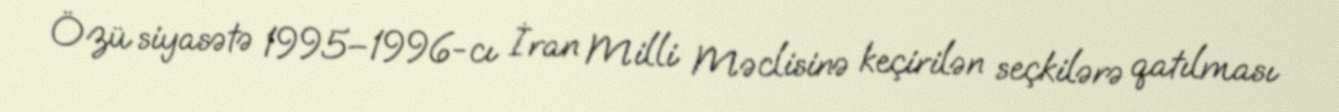
Özü siyasətə 1995–1996-cı İran Milli Məclisinə keçirilən seçkilərə qatılması